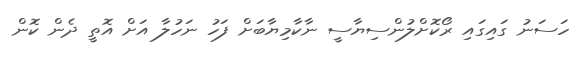
ހަސަނު ގައިގައި ރޯކޮށްލުންސިޔާސީ ނާކާމިޔާބަށް ފަހު ނަހުލާ އަށް އޮތީ ދެން ކޮން